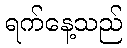
ရက်နေ့သည်